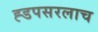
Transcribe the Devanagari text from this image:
ह्डपसरलाच